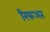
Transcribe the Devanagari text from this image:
रिफअत